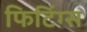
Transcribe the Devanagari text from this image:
फिटिंग्स